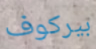
بيركوف